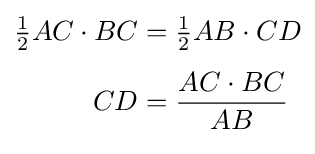
{\begin{aligned}{\tfrac {1}{2}}AC\cdot BC&={\tfrac {1}{2}}AB\cdot CD\\[4pt]CD&={\frac {AC\cdot BC}{AB}}\\[4pt]\end{aligned}}